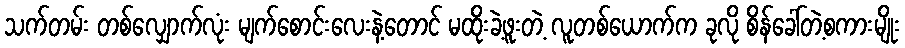
သက်တမ်း တစ်လျှောက်လုံး မျက်စောင်းလေးနဲ့တောင် မထိုးခဲ့ဖူးတဲ့ လူတစ်ယောက်က ခုလို စိန်ခေါ်တဲ့စကားမျိုး